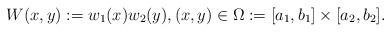
LaTeX: \begin{align*} W(x,y):= w_1(x) w_2(y), (x,y) \in \Omega : = [a_1,b_1] \times [a_2,b_2].\end{align*}